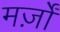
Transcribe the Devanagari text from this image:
मर्ज़ों